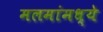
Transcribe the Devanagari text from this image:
मलमांमध्ये